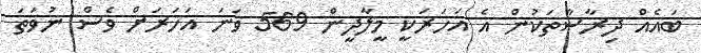
ބައެއް ދިރާސާތަކުން އެ އަހަރަކީ މީލާދީން 569 ވަނަ އަހަރަށް ވެސް ނުވަތަ